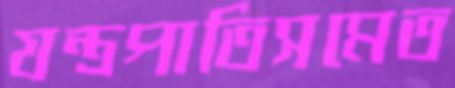
যন্ত্রপাতিসমেত